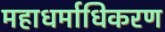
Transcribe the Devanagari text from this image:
महाधर्माधिकरण